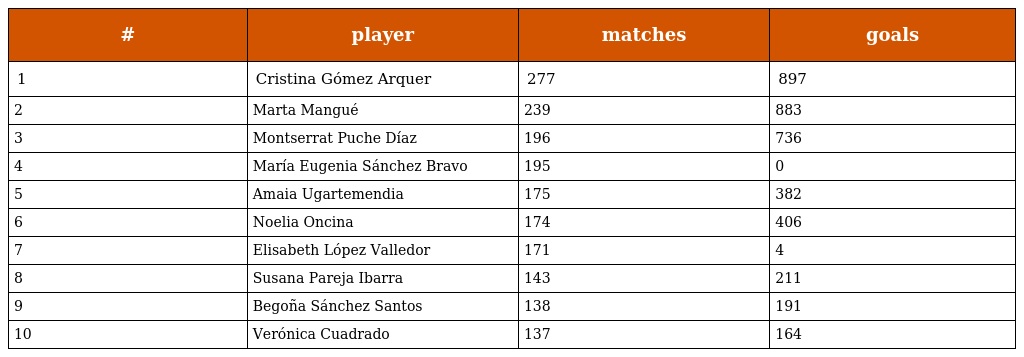
| # | player | matches | goals |
 | --- | --- | --- | --- |
 | 1 | Cristina Gómez Arquer | 277 | 897 |
 | 2 | Marta Mangué | 239 | 883 |
 | 3 | Montserrat Puche Díaz | 196 | 736 |
 | 4 | María Eugenia Sánchez Bravo | 195 | 0 |
 | 5 | Amaia Ugartemendia | 175 | 382 |
 | 6 | Noelia Oncina | 174 | 406 |
 | 7 | Elisabeth López Valledor | 171 | 4 |
 | 8 | Susana Pareja Ibarra | 143 | 211 |
 | 9 | Begoña Sánchez Santos | 138 | 191 |
 | 10 | Verónica Cuadrado | 137 | 164 |